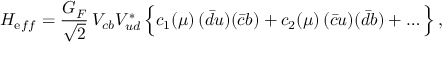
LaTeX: H _ { \mathrm e f f } = \frac { G _ { F } } { \sqrt 2 } \, V _ { c b } V _ { u d } ^ { * } \, \Big \{ c _ { 1 } ( \mu ) \, ( \bar { d } u ) ( \bar { c } b ) + c _ { 2 } ( \mu ) \, ( \bar { c } u ) ( \bar { d } b ) + \dots \Big \} \, ,